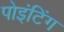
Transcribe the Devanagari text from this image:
पोइंटिंग